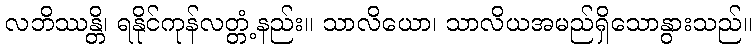
လဘိဿန္တိ၊ ရနိုင်ကုန်လတ္တံ့နည်း။ သာလိယော၊ သာလိယအမည်ရှိသောနွားသည်။